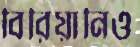
বিরিয়ানিও